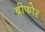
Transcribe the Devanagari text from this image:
बीफोर